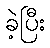
ခဲ့ပြီး